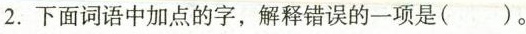
2.下面词语中加点的字，解释错误的一项是( )。